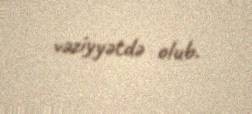
vəziyyətdə olub.